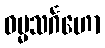
ဓမ္မသင်္ဂဟော